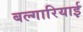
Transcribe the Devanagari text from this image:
बल्गारियाई